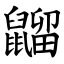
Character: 䶉